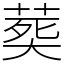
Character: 𦵏